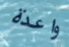
واعدة